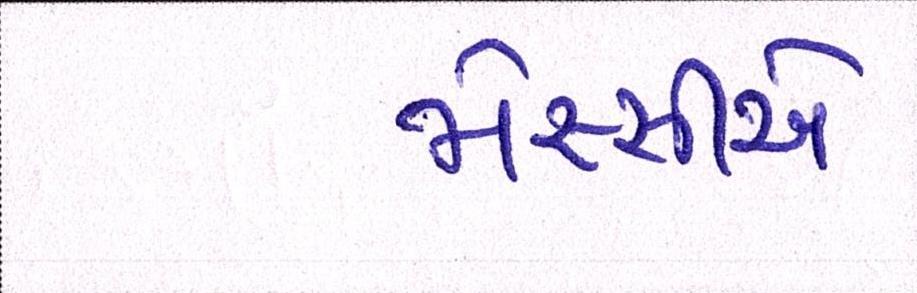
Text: મેસ્સીએ